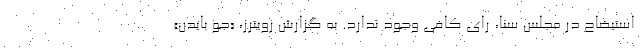
استیضاح در مجلس سنا، رای کافی وجود ندارد. به گزارش رویترز، «جو بایدن»